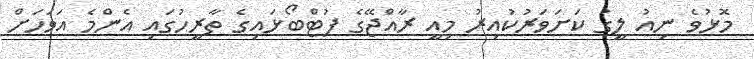
މޮޅުވެ ނިއު ލީގު ކަށަވަރުކުއިރު މިއީ ރާއްޖޭގެ ފުޓްބޯޅައިގެ ތާރީހުގައި އެންމެ އަވަހަށް